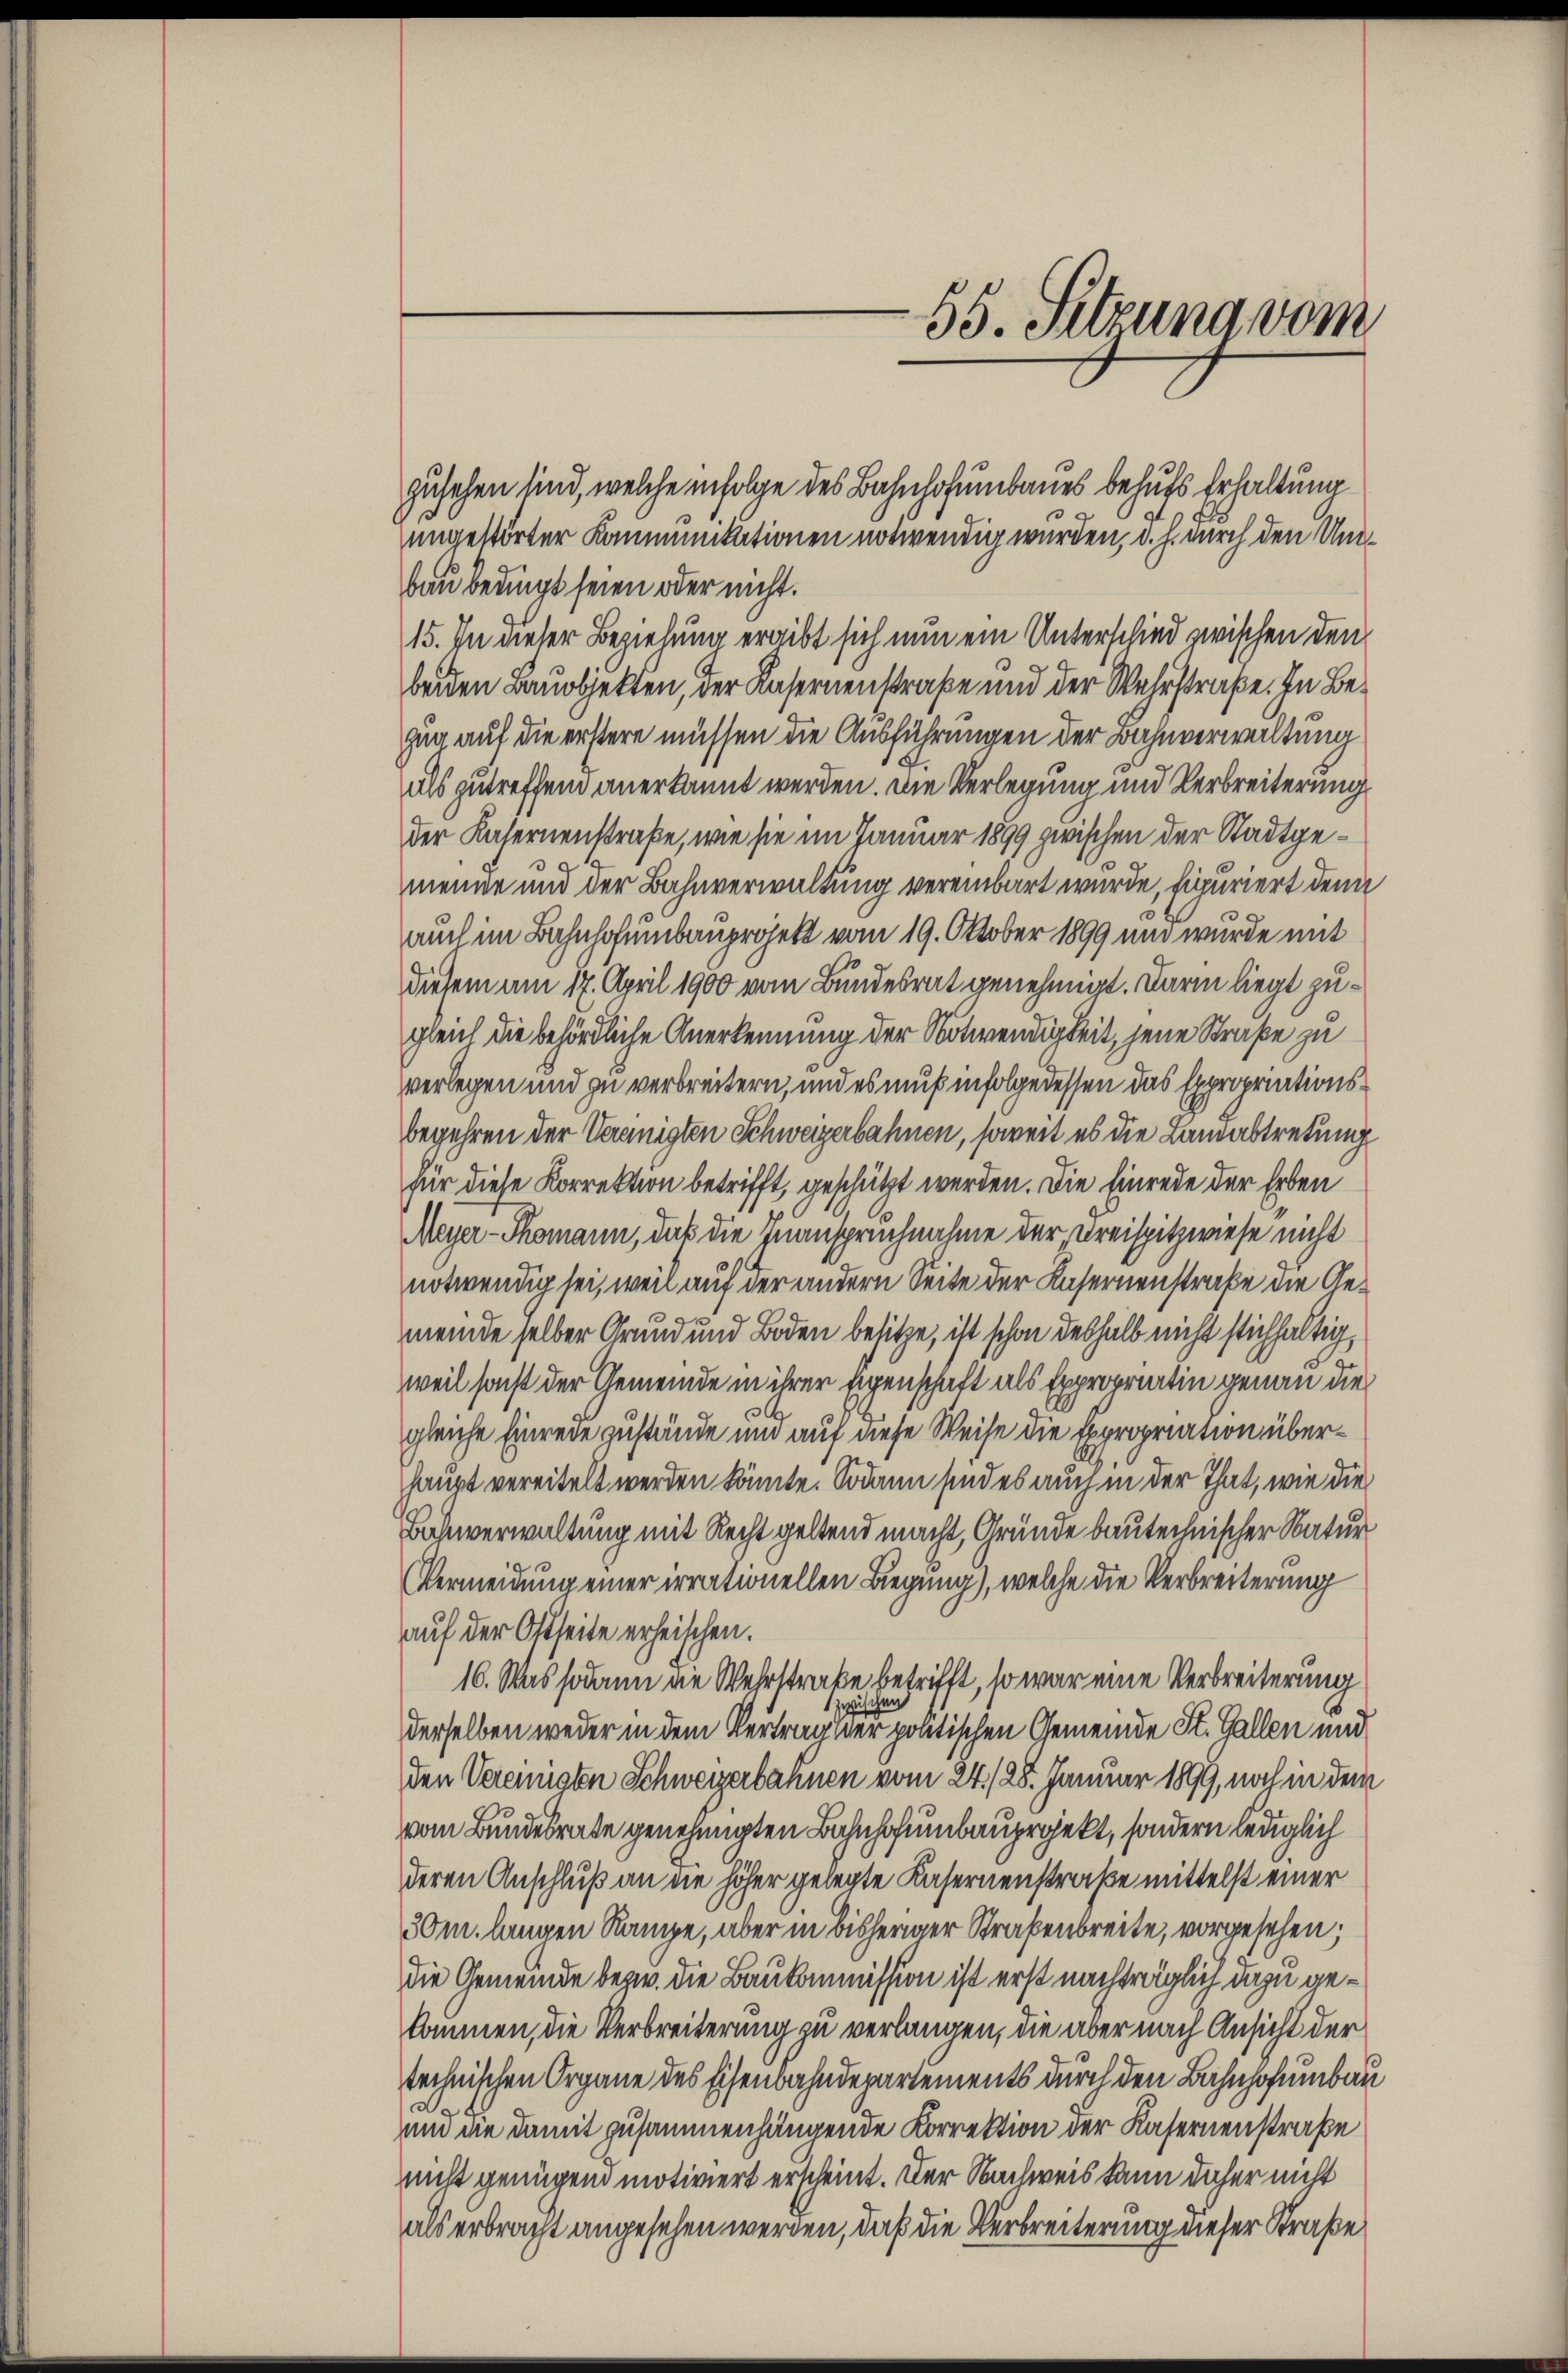
55. Sitzung vom

zusehen sind, welche infolge des Bahnhofumbaues behufs Erhaltung
ungestörter Kommunikationen notwendig wurden, d. h. durch den Unbau bedingt seien oder nicht.
15. In dieser Beziehung ergibt sich nun ein Unterschied zwischen den
beiden Bauobjekten, der Kasernenstraße und der Wehrstraße. In Begug auf die erstere müssen die Ausführungen der Bahnverwaltung
als zutreffend anerkannt werden. Die Verlegung und Verbreiterung
der Kasernenstraße, wie sie im Januar 1899 zwischen der Stadtgemeine und der Bahnverwaltung vereinbart wurde, figuriert denn
auch im Bahnhofumbauprojekt vom 19. Oktober 1899 und wurde mit
diesem am 17. April 1900 vom Bundesrat genehmigt. Darin liegt zugleich die behördliche Anerkennung der Notwendigkeit, jene Straße zu
verlegen und zu verbreitern, und es muß infolge dessen das Expropriationsbegehren der Vereinigten Schweizerbahnen, soweit es die Landabtretung
für diese Korrektion betrifft, geschützt werden. Die Einrede der Erben
Meyer-Thomann, daß die Inanspruchnahme der Kreispitzwiese nicht
notwendig sei, weil auf der andern Seite der Kasernenstraße die Gemeinde selber Grund und Boden besitze, ist schon deshalb nicht stichhaltig
weil sonst der Gemeinde in ihrer Eigenschaft als Expropriatin genau die
gleiche Einrede zustände und auf diese Weise die Expropriation überhaupt vereitelt werden könnte. Sodann sind es auch in der That, wie die
Bahnverwaltung mit Recht geltend macht, Gründe bautechnischer Natur¬
Vermeidung einer irrationellen Biegung), welche die Verbreiterung
auf der Ostseite erheischen.
16. Was sodann die Wehrstrake betrifft, so war eine Verbreiterung
san
wi
derselben weder in dem Vertrag der politischen Gemeinde St. Gallen und
den Vereinigten Schweizerbahnen vom 24./28. Januar 1899, noch in dem
vom Bundesrate genehmigten Bahnhofumbauprojekt, sondern lediglich
deren Anschluß an die höher gelegte Kasernenstraße mittelst einer
30m langen Rampe, aber in bisheriger Straßenbreite, vorgesehen.
die Gemeinde bezw. die Baukommission ist erst nachträglich dazu gekommen, die Verbreiterung zu verlangen, die aber nach Ansicht der
technischen Organe des Eisenbahndepartements durch den Bahnhofumbau
und die damit zusammenhängende Korrektion der Kasernenstraße
nicht genügend motiviert erscheint. Der Nachweis kann daher nicht
als erbracht angesehen werden, daß die Verbreiterung dieser Straße